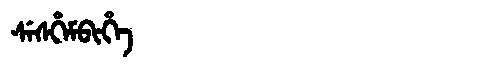
Manchu: ᠰᡝᠰᡥᡝᠮᠪᡳᡥᡝ
Romanization: SESHEMBIHE